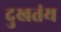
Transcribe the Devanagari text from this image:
दुखतंय